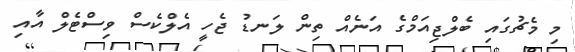
މި މެޗުގައި ބެލްޖިއަމްގެ އަނެއް ތިން ލަނޑު ޖެހީ އެލްކެސް ވިސްޓެލް އާއި